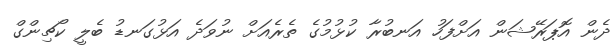
ދެން އޮޕަރޭޝަން އަށްފަހު އަނބުރާ ކުޅުމުގެ ތެރެއަށް ނުވަދެ އަޅުގަނޑު ބެލީ ކޯޗިންގް